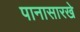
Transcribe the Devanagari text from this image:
पानासारखे